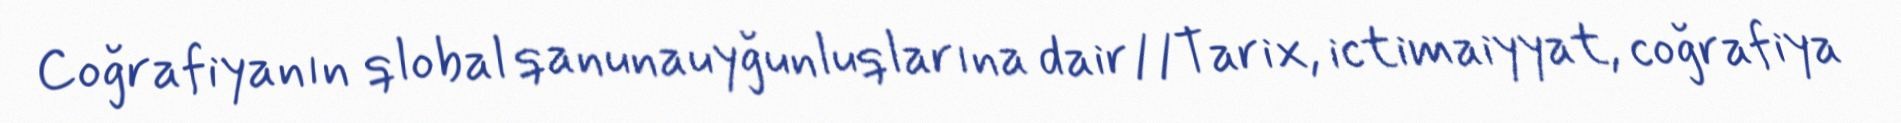
Coğrafiyanın qlobal qanunauyğunluqlarına dair//Tarix, ictimaiyyat, coğrafiya